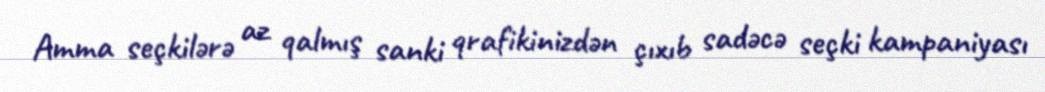
Amma seçkilərə az qalmış sanki qrafikinizdən çıxıb sadəcə seçki kampaniyası